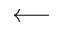
\longleftarrow